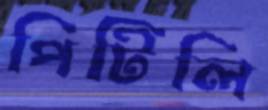
পিটিলি